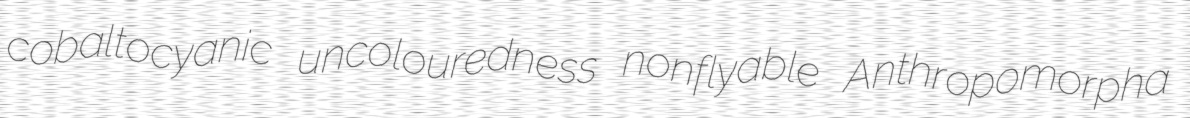
cobaltocyanic uncolouredness nonflyable Anthropomorpha